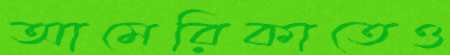
আমেরিকাতেও